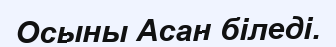
Осыны Асан біледі.